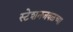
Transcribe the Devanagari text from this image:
स्टेशनजवळच्या